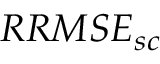
R R M S E _ { s c }